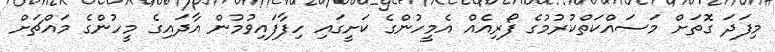
މިފަދަ ގޮތަށް މަސައްކަތްކުރުމުގެ ފޯރިއެއް އެމީހުންގެ ކަށީގައި ހިފާފައިވުމުން އާދައިގެ މީހުންގެ މައްޗަށް